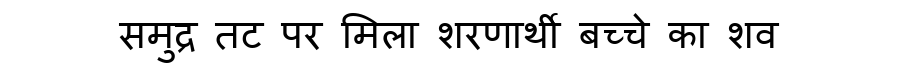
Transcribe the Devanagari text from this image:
समुद्र तट पर मिला शरणार्थी बच्चे का शव